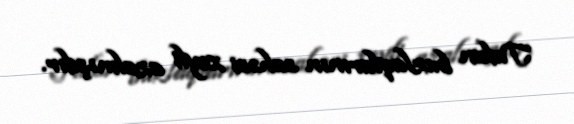
Tufan buzlaqlarının sahəsi xeyli azalmışdır.